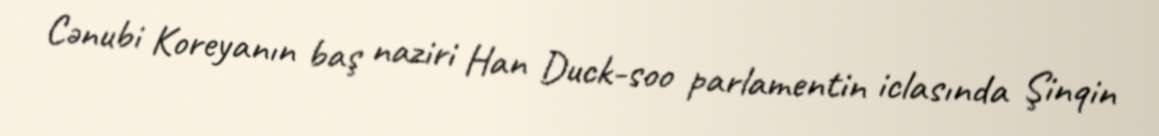
Cənubi Koreyanın baş naziri Han Duck-soo parlamentin iclasında Şinqin